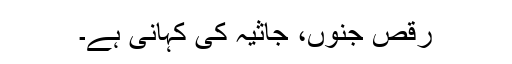
رقصِ جنوں، جاثیہ کی کہانی ہے۔